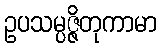
ဥပသမ္ပဇ္ဇိတုကာမာ